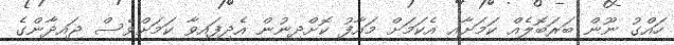
ހައްގު ނޫން ބަރަބޮލެއް ކަމަށާއި އެކަމަށް މައާފު ކޮށްދިނުން އެދިފައިވާ ކަމަށްވެސް ޖައިދާންގެ